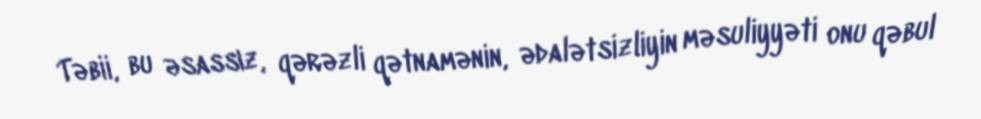
Təbii, bu əsassız, qərəzli qətnamənin, ədalətsizliyin məsuliyyəti onu qəbul